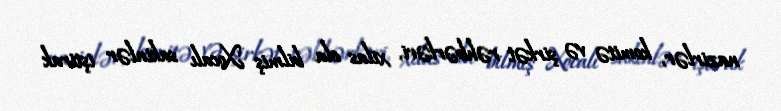
nazirlər, komitə və şirkət rəhbərləri, xilas ola bilmiş Xocalı sakinlər iştirak